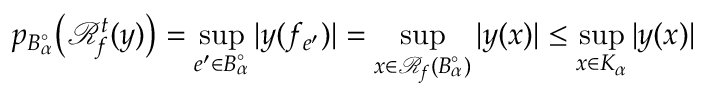
p _ { B _ { \alpha } ^ { \circ } } \bigl ( \mathscr { R } _ { f } ^ { t } ( y ) \bigr ) = \operatorname* { s u p } _ { e ^ { \prime } \in B _ { \alpha } ^ { \circ } } | y ( f _ { e ^ { \prime } } ) | = \operatorname* { s u p } _ { x \in \mathscr { R } _ { f } ( B _ { \alpha } ^ { \circ } ) } | y ( x ) | \leq \operatorname* { s u p } _ { x \in K _ { \alpha } } | y ( x ) |